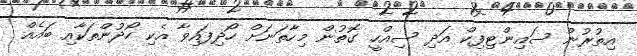
އިތުރުން ސައިންޓިފިކް އަދި ސިއްހީ ގޮތުން މިހާތަނަށް ހޯދިފައިވާ އެކި ހޯދުންތަކާއި ބައެއް